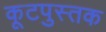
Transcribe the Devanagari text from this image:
कूटपुस्तक